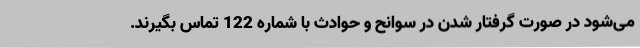
می‌شود در صورت گرفتار شدن در سوانح و حوادث با شماره 122 تماس بگیرند.